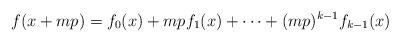
LaTeX: \begin{align*} f(x + mp) = f_0(x) + mpf_1(x) + \cdots + (mp)^{k-1}f_{k-1}(x) \end{align*}